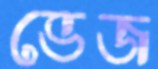
ভেজ